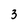
Character: 3